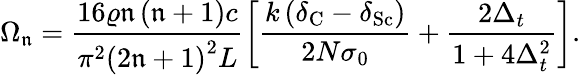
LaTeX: \Omega_{\mathfrak{n}}=\frac{{16\varrho\mathfrak{n}\left(\mathfrak{n}+1\right)c}}{{\pi^{2}\left(2\mathfrak{n}+1\right)^{2}L}}\left[\frac{{k\left(\delta_{\mathrm{{C}}}-\delta_{\mathrm{{Sc}}}\right)}}{{2N\sigma_{0}}}+\frac{{2\Delta_{t}}}{{1+4\Delta_{t}^{2}}}\right].